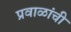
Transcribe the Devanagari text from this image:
प्रवाळांची